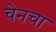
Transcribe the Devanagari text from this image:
चेनचा